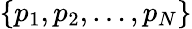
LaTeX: \left\{ p_{1},p_{2},\dots,p_{N}\right\}